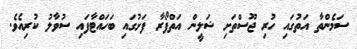
ސަމެންތާ އަތުގައި ހުރި ޖޫސްތަށި ޝަލީން އަތްފޯރާ ފަށުގައި ބަހައްޓާފައި ސުވާލު ކުރިއެވެ.